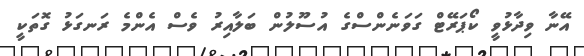
އޭނާ ވިދާޅުވީ ކޯޕަރޭޓް ގަވަނެންސްގެ އުސޫލުން ބަލާއިރު ވެސް އެންމެ ރަނގަޅު ގޮތަކީ